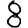
Digit: 8